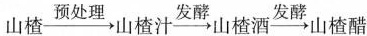
山楂\xrightarrow{预处理}山楂汁\xrightarrow{发酵}山楂\xrightarrow{发酵}山楂醋